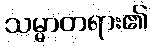
သမ္မာတရား၏